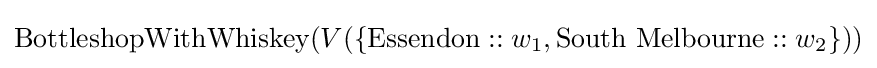
{\text{BottleshopWithWhiskey}}(V(\{{\text{Essendon}}::w_{1},{\text{South Melbourne}}::w_{2}\}))